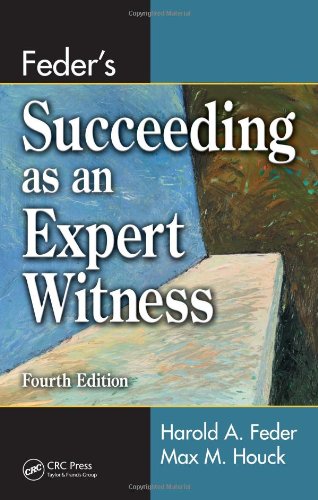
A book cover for Feder's Succeeding as an Expert Witness, Fourth Edition; Harold A. Feder; Law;